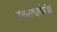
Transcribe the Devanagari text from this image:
शंकराचार्यपीठ